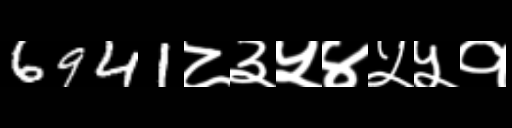
Text: 6941८३५४५५१